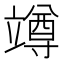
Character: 竴